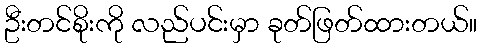
ဦးတင်စိုးကို လည်ပင်းမှာ ခုတ်ဖြတ်ထားတယ်။